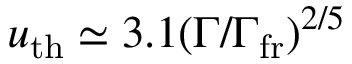
u _ { \mathrm { t h } } \simeq 3 . 1 ( \Gamma / \Gamma _ { \mathrm { f r } } ) ^ { 2 / 5 }